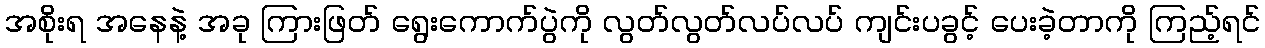
အစိုးရ အနေနဲ့ အခု ကြားဖြတ် ရွေးကောက်ပွဲကို လွတ်လွတ်လပ်လပ် ကျင်းပခွင့် ပေးခဲ့တာကို ကြည့်ရင်